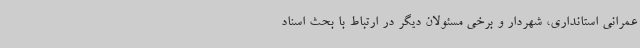
عمرانی استانداری، شهردار و برخی مسئولان دیگر در ارتباط با بحث اسناد